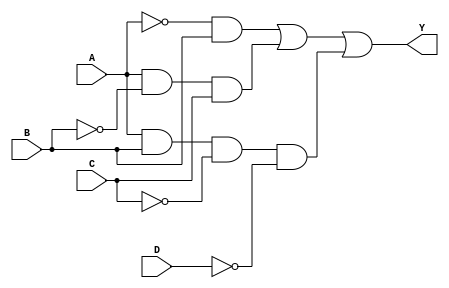
module sop_simplification (
    input wire A, // Input variable A
    input wire B, // Input variable B
    input wire C, // Input variable C
    input wire D, // Input variable D
    output wire Y // Output variable Y
);

// Simplified SOP expression (example)
// Here we assume the simplified expression obtained from K-map is: 
// Y = A'B + AB'C + ABC'D'
assign Y = (~A & B) | (A & ~B & C) | (A & B & ~C & ~D);

endmodule